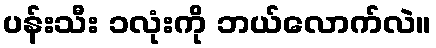
ပန်းသီး ၁လုံးကို ဘယ်လောက်လဲ။